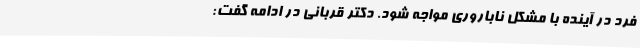
فرد در آینده با مشکل ناباروری مواجه شود. دکتر قربانی در ادامه گفت: